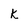
Character: k